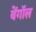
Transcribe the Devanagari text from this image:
बेंगाॅल